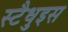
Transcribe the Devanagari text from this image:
स्टैधुइस